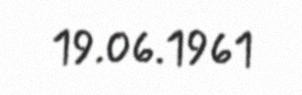
19.06.1961